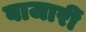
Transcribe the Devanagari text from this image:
बाजारीं